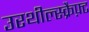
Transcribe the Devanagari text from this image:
उरथील्स्क्रैफ़्ट